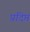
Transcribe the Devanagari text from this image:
प्रदिप्त